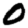
Digit: 0